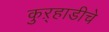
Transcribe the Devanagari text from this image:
कुऱ्हाडीचे